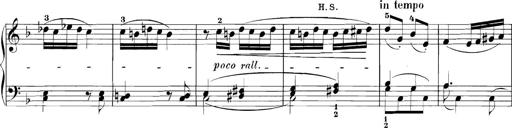
Title: 3 Sonatinas
Composer: Carl Reinecke